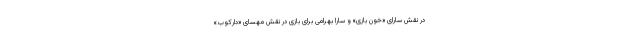
در نقش سارای «خون بازی» و سارا بهرامی برای بازی در نقش مهسای «دارکوب»